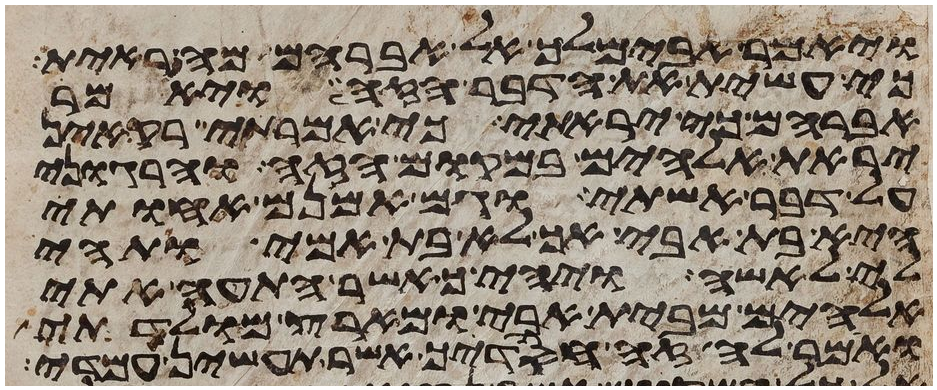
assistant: ויאמר אבימלך אל אברהם מה ראית
כי עשית את הדבר הזה ויאמר
אברהם כי יראתי כי אמרתי רק אין
יראת אלהים במקום הזה והרגוני
על דבר אשתי וגם האמנם אחותי
היא בת אבי אך לא בת אמי ותהי
לי לאשה ויהי כאשר התעה אתי
אלהים מבית אבי ומארץ מולדתי
ואמר לה זה חסדיך אשר תעשין עמדי